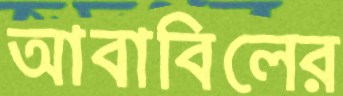
আবাবিলের